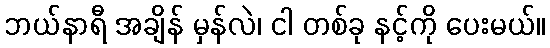
ဘယ်နာရီ အချိန် မှန်လဲ၊ ငါ တစ်ခု နင့်ကို ပေးမယ်။